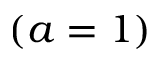
( a = 1 )